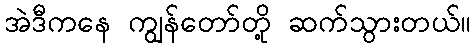
အဲဒီကနေ ကျွန်တော်တို့ ဆက်သွားတယ်။